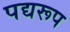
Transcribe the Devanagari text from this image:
पद्यरूप